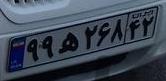
۹۹ه۲۶۸۴۲